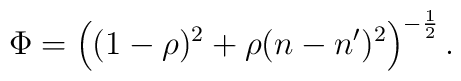
\Phi = \left((1-\rho )^2 + \rho (n-n^{\prime})^2\right)^{-\frac{1}{2}}.